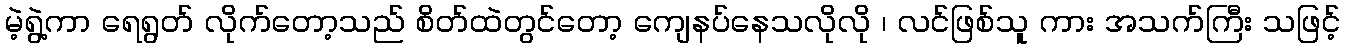
မဲ့ရွဲ့ကာ ရေရွတ် လိုက်တော့သည် စိတ်ထဲတွင်တော့ ကျေနပ်နေသလိုလို ၊ လင်ဖြစ်သူ ကား အသက်ကြီး သဖြင့်